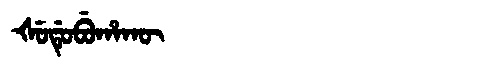
Manchu: ᡧᡠᡩᡠᠪᡠᡥᠠᡴᡡ
Romanization: ŠUDUBUHAKŪ